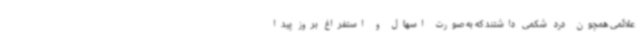
علائمی همچون درد شکمی داشتند که به صورت اسهال و استفراغ بروز پیدا